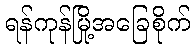
ရန်ကုန်မြို့အခြေစိုက်